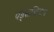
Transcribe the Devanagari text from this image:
पॅड्सशिवाय